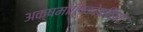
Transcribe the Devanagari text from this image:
अक्षमालिकोपनिषद